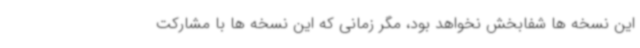
این نسخه ها شفابخش نخواهد بود، مگر زمانی که این نسخه ها با مشارکت